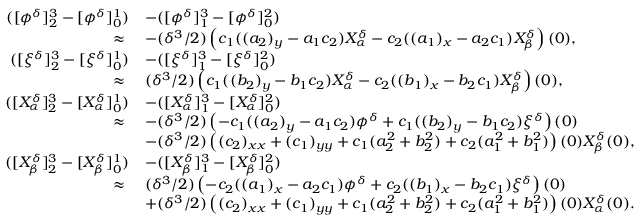
\begin{array} { r l } { ( [ \phi ^ { \delta } ] _ { 2 } ^ { 3 } - [ \phi ^ { \delta } ] _ { 0 } ^ { 1 } ) } & { - ( [ \phi ^ { \delta } ] _ { 1 } ^ { 3 } - [ \phi ^ { \delta } ] _ { 0 } ^ { 2 } ) } \\ { \approx \; } & { - ( \delta ^ { 3 } / 2 ) \left( c _ { 1 } ( ( a _ { 2 } ) _ { y } - a _ { 1 } c _ { 2 } ) X _ { \alpha } ^ { \delta } - c _ { 2 } ( ( a _ { 1 } ) _ { x } - a _ { 2 } c _ { 1 } ) X _ { \beta } ^ { \delta } \right) ( 0 ) , } \\ { ( [ \xi ^ { \delta } ] _ { 2 } ^ { 3 } - [ \xi ^ { \delta } ] _ { 0 } ^ { 1 } ) } & { - ( [ \xi ^ { \delta } ] _ { 1 } ^ { 3 } - [ \xi ^ { \delta } ] _ { 0 } ^ { 2 } ) } \\ { \approx \; } & { ( \delta ^ { 3 } / 2 ) \left( c _ { 1 } ( ( b _ { 2 } ) _ { y } - b _ { 1 } c _ { 2 } ) X _ { \alpha } ^ { \delta } - c _ { 2 } ( ( b _ { 1 } ) _ { x } - b _ { 2 } c _ { 1 } ) X _ { \beta } ^ { \delta } \right) ( 0 ) , } \\ { ( [ X _ { \alpha } ^ { \delta } ] _ { 2 } ^ { 3 } - [ X _ { \alpha } ^ { \delta } ] _ { 0 } ^ { 1 } ) } & { - ( [ X _ { \alpha } ^ { \delta } ] _ { 1 } ^ { 3 } - [ X _ { \alpha } ^ { \delta } ] _ { 0 } ^ { 2 } ) } \\ { \approx \; } & { - ( \delta ^ { 3 } / 2 ) \left( - c _ { 1 } ( ( a _ { 2 } ) _ { y } - a _ { 1 } c _ { 2 } ) \phi ^ { \delta } + c _ { 1 } ( ( b _ { 2 } ) _ { y } - b _ { 1 } c _ { 2 } ) \xi ^ { \delta } \right) ( 0 ) } \\ & { - ( \delta ^ { 3 } / 2 ) \left( ( c _ { 2 } ) _ { x x } + ( c _ { 1 } ) _ { y y } + c _ { 1 } ( a _ { 2 } ^ { 2 } + b _ { 2 } ^ { 2 } ) + c _ { 2 } ( a _ { 1 } ^ { 2 } + b _ { 1 } ^ { 2 } ) \right) ( 0 ) X _ { \beta } ^ { \delta } ( 0 ) , } \\ { ( [ X _ { \beta } ^ { \delta } ] _ { 2 } ^ { 3 } - [ X _ { \beta } ^ { \delta } ] _ { 0 } ^ { 1 } ) } & { - ( [ X _ { \beta } ^ { \delta } ] _ { 1 } ^ { 3 } - [ X _ { \beta } ^ { \delta } ] _ { 0 } ^ { 2 } ) } \\ { \approx \; } & { ( \delta ^ { 3 } / 2 ) \left( - c _ { 2 } ( ( a _ { 1 } ) _ { x } - a _ { 2 } c _ { 1 } ) \phi ^ { \delta } + c _ { 2 } ( ( b _ { 1 } ) _ { x } - b _ { 2 } c _ { 1 } ) \xi ^ { \delta } \right) ( 0 ) } \\ & { + ( \delta ^ { 3 } / 2 ) \left( ( c _ { 2 } ) _ { x x } + ( c _ { 1 } ) _ { y y } + c _ { 1 } ( a _ { 2 } ^ { 2 } + b _ { 2 } ^ { 2 } ) + c _ { 2 } ( a _ { 1 } ^ { 2 } + b _ { 1 } ^ { 2 } ) \right) ( 0 ) X _ { \alpha } ^ { \delta } ( 0 ) . } \end{array}